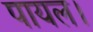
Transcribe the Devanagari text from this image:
पायल।